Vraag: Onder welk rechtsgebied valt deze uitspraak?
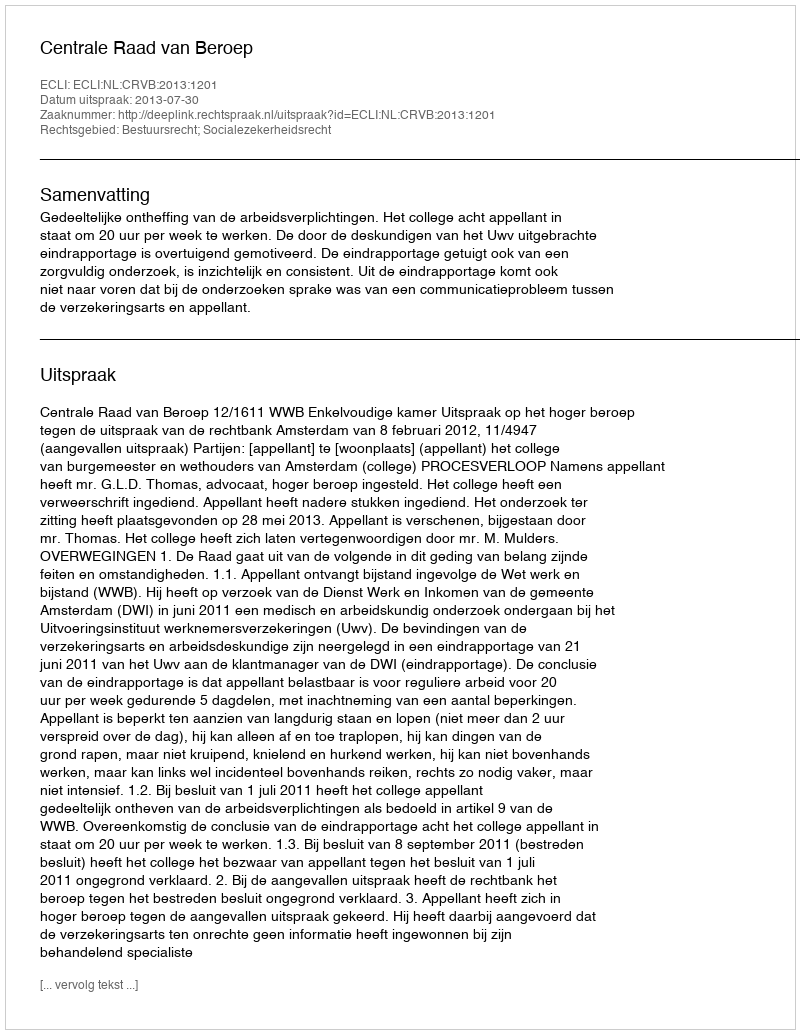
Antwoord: Bestuursrecht; Socialezekerheidsrecht